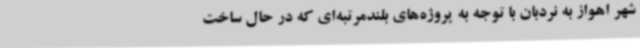
شهر اهواز به نردبان با توجه به پروژه‌های بلندمرتبه‌ای که ‌در حال ساخت